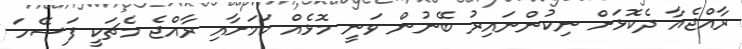
ރާއްޖެއާ ދެކޮޅަށް ނިކުންނައިރު ބޭނުން ވަނީ މޮޅެއް ކަަމަށާއި ރާއްޖެ މެޗަކީ ފަސޭހަ